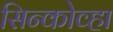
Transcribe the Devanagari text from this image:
सिन्कोव्हा